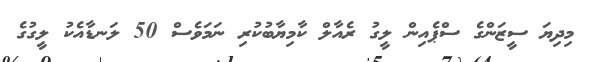
މިދިޔަ ސީޒަންގެ ސްޕެއިން ލީގު ރެއާލް ކާމިޔާބުކުރި ނަމަވެސް 50 ލަނޑާއެކު ލީގުގެ